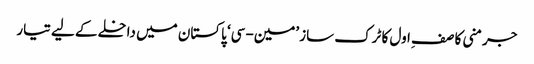
جرمنی کا صفِ اول کا ٹرک ساز ’مین-سی‘ پاکستان میں داخلے کے لیے تیار